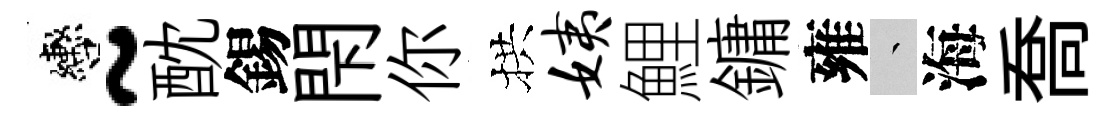
轡~酖錫閇你拱姨鯉鏞雍叢海喬